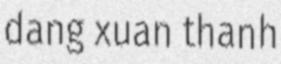
dang xuan thanh